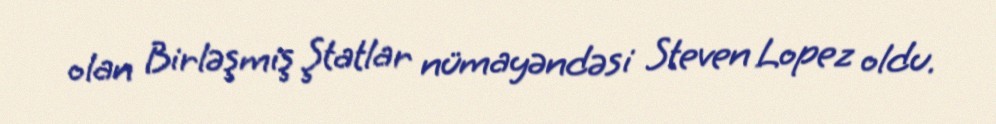
olan Birləşmiş Ştatlar nümayəndəsi Steven Lopez oldu.